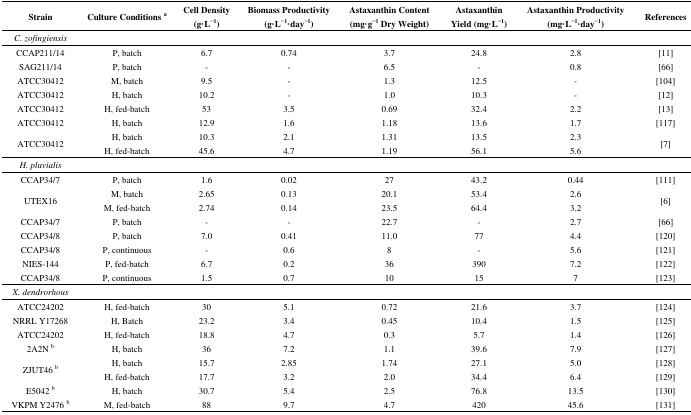
<table><thead><tr><td><b>Strain</b></td><td><b>Culture Conditions <sup>a</sup></b></td><td><b>Cell Density (g·L<sup>−1</sup>)</b></td><td><b>Biomass Productivity (g·L<sup>−1</sup>·day<sup>−1</sup>)</b></td><td><b>Astaxanthin Content (mg·g<sup>−1</sup> Dry Weight)</b></td><td><b>Astaxanthin Yield (mg·L<sup>−1</sup>)</b></td><td><b>Astaxanthin Productivity (mg·L<sup>−1</sup>·day<sup>−1</sup>)</b></td><td><b>References</b></td></tr></thead><tbody><tr><td><i>C. zofingiensis</i></td><td></td><td></td><td></td><td></td><td></td><td></td><td></td></tr><tr><td>CCAP211/14</td><td>P, batch</td><td>6.7</td><td>0.74</td><td>3.7</td><td>24.8</td><td>2.8</td><td>[11]</td></tr><tr><td>SAG211/14</td><td>P, batch</td><td>-</td><td>-</td><td>6.5</td><td>-</td><td>0.8</td><td>[66]</td></tr><tr><td>ATCC30412</td><td>M, batch</td><td>9.5</td><td>-</td><td>1.3</td><td>12.5</td><td>-</td><td>[104]</td></tr><tr><td>ATCC30412</td><td>H, batch</td><td>10.2</td><td>-</td><td>1.0</td><td>10.3</td><td>-</td><td>[12]</td></tr><tr><td>ATCC30412</td><td>H, fed-batch</td><td>53</td><td>3.5</td><td>0.69</td><td>32.4</td><td>2.2</td><td>[13]</td></tr><tr><td>ATCC30412</td><td>H, batch</td><td>12.9</td><td>1.6</td><td>1.18</td><td>13.6</td><td>1.7</td><td>[117]</td></tr><tr><td rowspan="2">ATCC30412</td><td>H, batch</td><td>10.3</td><td>2.1</td><td>1.31</td><td>13.5</td><td>2.3</td><td rowspan="2">[7]</td></tr><tr><td>H, fed-batch</td><td>45.6</td><td>4.7</td><td>1.19</td><td>56.1</td><td>5.6</td></tr><tr><td><i>H. pluvialis</i></td><td></td><td></td><td></td><td></td><td></td><td></td><td></td></tr><tr><td>CCAP34/7</td><td>P, batch</td><td>1.6</td><td>0.02</td><td>27</td><td>43.2</td><td>0.44</td><td>[111]</td></tr><tr><td>UTEX16</td><td>M, batchM, fed-batch</td><td>2.652.74</td><td>0.130.14</td><td>20.123.5</td><td>53.464.4</td><td>2.63.2</td><td>[6]</td></tr><tr><td>CCAP34/7</td><td>P, batch</td><td>-</td><td>-</td><td>22.7</td><td>-</td><td>2.7</td><td>[66]</td></tr><tr><td>CCAP34/8</td><td>P, batch</td><td>7.0</td><td>0.41</td><td>11.0</td><td>77</td><td>4.4</td><td>[120]</td></tr><tr><td>CCAP34/8</td><td>P, continuous</td><td>-</td><td>0.6</td><td>8</td><td>-</td><td>5.6</td><td>[121]</td></tr><tr><td>NIES-144</td><td>P, fed-batch</td><td>6.7</td><td>0.2</td><td>36</td><td>390</td><td>7.2</td><td>[122]</td></tr><tr><td>CCAP34/8</td><td>P, continuous</td><td>1.5</td><td>0.7</td><td>10</td><td>15</td><td>7</td><td>[123]</td></tr><tr><td><i>X. dendrorhous</i></td><td></td><td></td><td></td><td></td><td></td><td></td><td></td></tr><tr><td>ATCC24202</td><td>H, fed-batch</td><td>30</td><td>5.1</td><td>0.72</td><td>21.6</td><td>3.7</td><td>[124]</td></tr><tr><td>NRRL Y17268</td><td>H, Batch</td><td>23.2</td><td>3.4</td><td>0.45</td><td>10.4</td><td>1.5</td><td>[125]</td></tr><tr><td>ATCC24202</td><td>H, fed-batch</td><td>18.8</td><td>4.7</td><td>0.3</td><td>5.7</td><td>1.4</td><td>[126]</td></tr><tr><td>2A2N <sup>b</sup></td><td>H, batch</td><td>36</td><td>7.2</td><td>1.1</td><td>39.6</td><td>7.9</td><td>[127]</td></tr><tr><td rowspan="2">ZJUT46 <sup>b</sup></td><td>H, batch</td><td>15.7</td><td>2.85</td><td>1.74</td><td>27.1</td><td>5.0</td><td>[128]</td></tr><tr><td>H, fed-batch</td><td>17.7</td><td>3.2</td><td>2.0</td><td>34.4</td><td>6.4</td><td>[129]</td></tr><tr><td>E5042 <sup>b</sup></td><td>H, batch</td><td>30.7</td><td>5.4</td><td>2.5</td><td>76.8</td><td>13.5</td><td>[130]</td></tr><tr><td>VKPM Y2476 <sup>b</sup></td><td>M, fed-batch</td><td>88</td><td>9.7</td><td>4.7</td><td>420</td><td>45.6</td><td>[131]</td></tr></tbody></table>